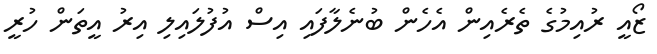
ޒޯއީ ރުއިމުގެ ތެރެއިން އެހެން ބުނެލާފައި އިސް އުފުލައިލި އިރު އީތަން ހުރީ